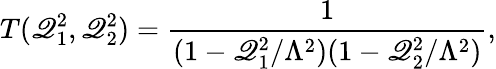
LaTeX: T(\mathscr{Q}_{1}^{2},\mathscr{Q}_{2}^{2})=\frac{{1}}{{(1-\mathscr{Q}_{1}^{2}/\Lambda^{2})(1-\mathscr{Q}_{2}^{2}/\Lambda^{2})}},